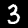
Label: 3